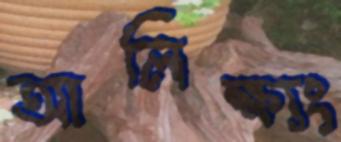
আলিক্ষ্যং